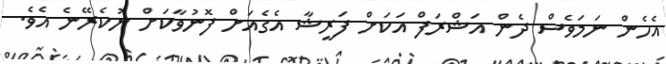
އެހެން ނަމަވެސް ދެން އަޝްރަފް އަކަށް ފަރީޝާ އެގެއަށް ފޮނުވާކަށް ނުކެރޭނެ އެވެ.